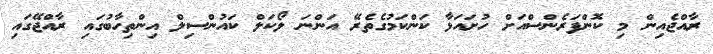
ރާއްޖެއިން މި ކޮންފަރެންސްއަށް ހުށައަޅާ ކަންކަމުގެތެރޭ އަންނަ ލޯކަލް ކައުންސިލް އިންތިހާބުގައި ރާއްޖޭގައި